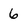
Character: 6